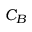
C _ { B }